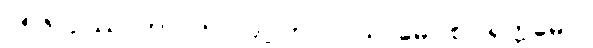
၁၅၆။ ဥဿာဟာ’ တပ္ပ ပဂ္ဂါဟာ၊ ဝါယာမော စ ပရက္ကမော။